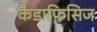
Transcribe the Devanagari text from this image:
कैडाफिसिज